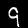
Label: 9